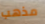
مذهب